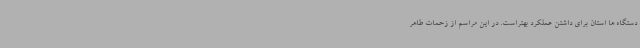
دستگاه ها استان برای داشتن عملکرد بهتراست. در این مراسم از زحمات طاهر